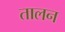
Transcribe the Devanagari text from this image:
तालन